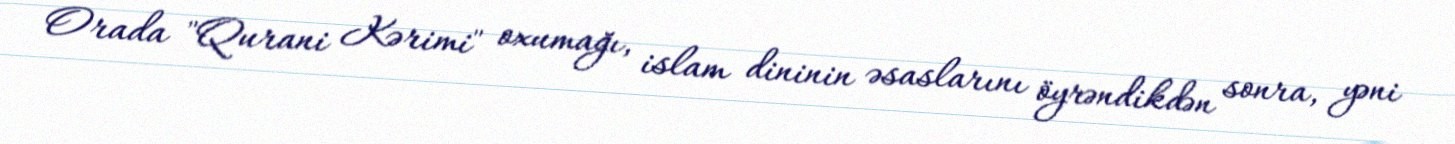
Orada "Qurani Kərimi" oxumağı, islam dininin əsaslarını öyrəndikdən sonra, yəni